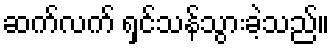
ဆက်လက် ရှင်သန်သွားခဲ့သည်။